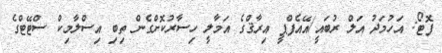
ފޮޓޯ: އަހުމަދު އަލް ރުބައީ/އޭއެފްޕީ އިރާޤްގެ އަމާލީ ހިސާރުކޮށްގެން ތިބި އިސްލާމިކް ސްޓޭޓްގެ